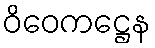
ဝိဝေကဋ္ဌေန